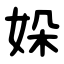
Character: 㛊